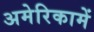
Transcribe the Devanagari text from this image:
अमेरिकामें